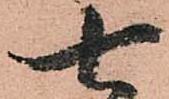
七